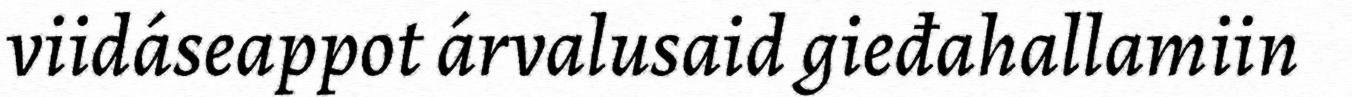
viidáseappot árvalusaid gieđahallamiin